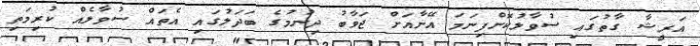
އަރީޝާ ގާތުގައި ސުވާލުކޮށްފިނަމަ އޭނާއަށް ޖަވާބު ދިނުމުގެ ބަދަލުގައި އެތައް ސުވާލެއް ކުރިމަތި